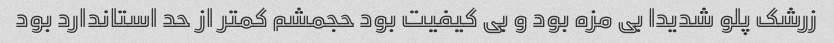
زرشک پلو شدیدا بی مزه بود و بی کیفیت بود حجمشم کمتر از حد استاندارد بود